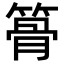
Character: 𥱪